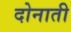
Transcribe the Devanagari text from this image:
दोनाती